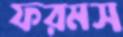
ফরমস